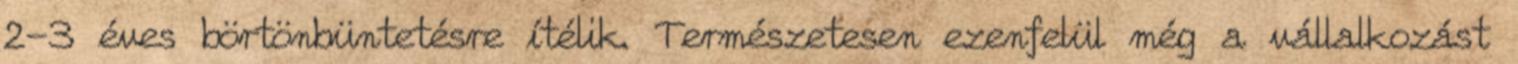
2-3 éves börtönbüntetésre ítélik. Természetesen ezenfelül még a vállalkozást